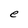
Character: e